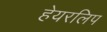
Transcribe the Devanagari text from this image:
हेयरलिप